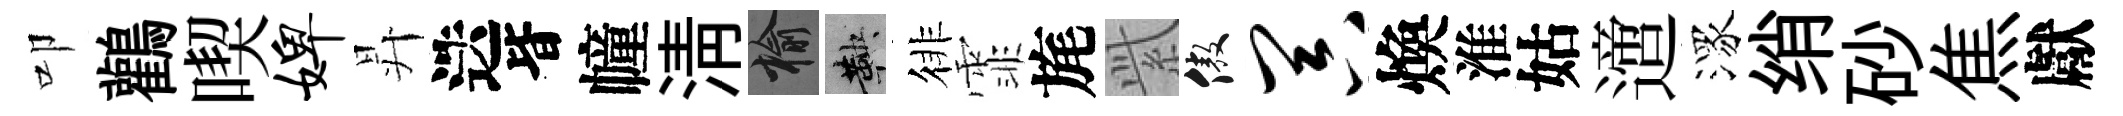
叩鸛喫婢昇迭𣅜幢淸榆鞅徘霏旄𬗋傲器煥淮姑𨗁潈绡砂焦獻